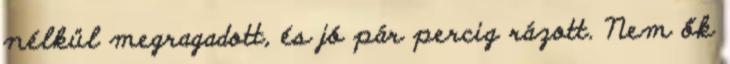
nélkül megragadott, és jó pár percig rázott. Nem ők